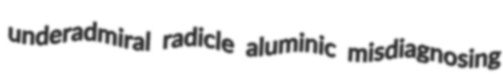
underadmiral radicle aluminic misdiagnosing